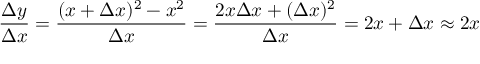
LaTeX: { \frac { \Delta y } { \Delta x } } = { \frac { ( x + \Delta x ) ^ { 2 } - x ^ { 2 } } { \Delta x } } = { \frac { 2 x \Delta x + ( \Delta x ) ^ { 2 } } { \Delta x } } = 2 x + \Delta x \approx 2 x